Vaccination report Assam 1896-1927 - 1896-1927
Year: 1896
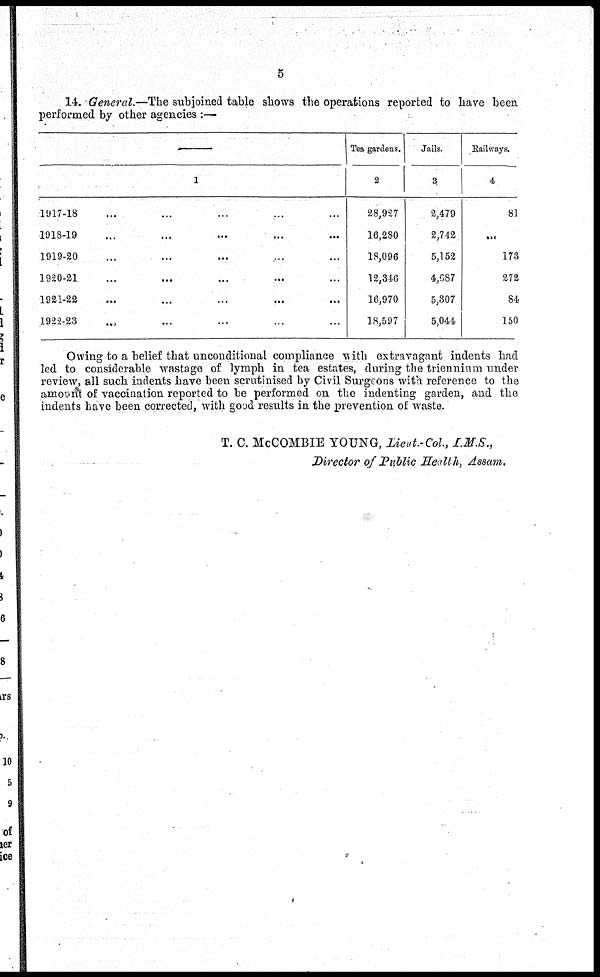
5
14. General.—The subjoined table shows the operations reported to have been
performed by other agencies :—
1
1917-18 ... ... ... ... ...
1918-19 ... ... ... ... ...
1919-20 ... ... ... ... ...
1920-21 ... ... ... ... ...
1921-22 ... ... ... ... ...
1922-23 ... ... ... ... ...
Tea gardens.
2
28,927
16,280
18,096
12,340
16,970
18,597
Jails.
3
2,479
2,742
5,152
4,087
5,307
5,044
Railways.
4
81
...
173
272
84
150
Owing to a belief that unconditional compliance with extravagant indents had
led to considerable wastage of lymph in tea estates, during the triennium under
review, all such indents have been scrutinised by Civil Surgeons with reference to the
amount of vaccination reported to be performed on the indenting garden, and the
indents have been corrected, with good results in the prevention of waste.
T. C. McCOMBIE YOUNG, Lieut.-Col., I.M.S.,
Director of Public Health, Assam.